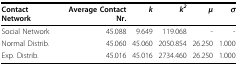
<table><thead><tr><td><b>Contact Network</b></td><td><b>Average Contact Nr.</b></td><td><b><i>k</i></b></td><td><b><i>k<sup>2</sup></i></b></td><td><b><i>μ</i></b></td><td><b><i>σ</i></b></td></tr></thead><tbody><tr><td>Social Network</td><td>45.088</td><td>9.649</td><td>119.068</td><td>-</td><td>-</td></tr><tr><td>Normal Distrib.</td><td>45.060</td><td>45.060</td><td>2050.854</td><td>26.250</td><td>1.000</td></tr><tr><td>Exp. Distrib.</td><td>45.016</td><td>45.016</td><td>2734.460</td><td>26.250</td><td>1.000</td></tr></tbody></table>